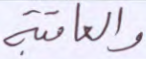
والعاقبة